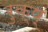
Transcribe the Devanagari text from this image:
रुक्ष्